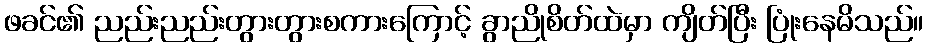
ဖခင်၏ ညည်းညည်းတွားတွားစကားကြောင့် ခွာညိုစိတ်ထဲမှာ ကျိတ်ပြီး ပြုံးနေမိသည်။